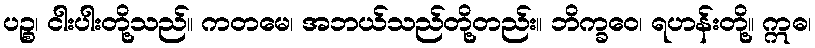
ပဉ္စ၊ ငါးပါးတို့သည်။ ကတမေ၊ အဘယ်သည်တို့တည်း။ ဘိက္ခဝေ၊ ရဟန်းတို့။ ဣဓ၊